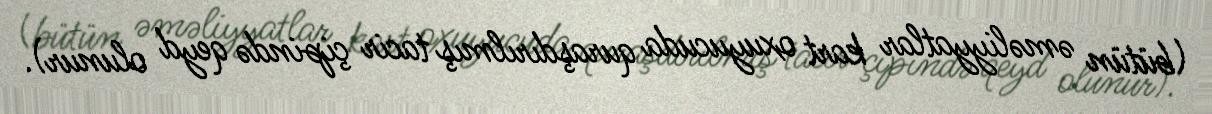
(bütün əməliyyatlar kart oxuyucuda quraşdırılmış tacir çipində qeyd olunur).